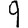
Digit: 9